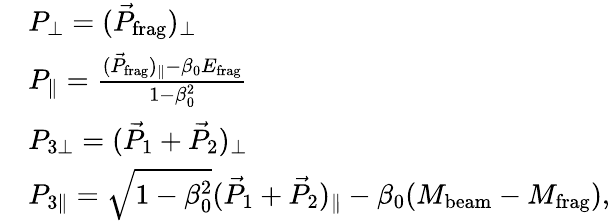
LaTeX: \begin{array}{rl}&{P_{\perp}=(\vec{P}_{\mathrm{frag}})_{\perp}}\\ &{P_{\parallel}=\frac{(\vec{P}_{\mathrm{frag}})_{\parallel}-\beta_{0}E_{\mathrm{frag}}}{1-\beta_{0}^{2}}}\\ &{P_{3{\perp}}=(\vec{P}_{1}+\vec{P}_{2})_{\perp}}\\ &{P_{3{\parallel}}=\sqrt{1-\beta_{0}^{2}}(\vec{P}_{1}+\vec{P}_{2})_{\parallel}-\beta_{0}(M_{\mathrm{beam}}-M_{\mathrm{frag}}),}\end{array}